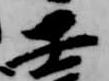
壬